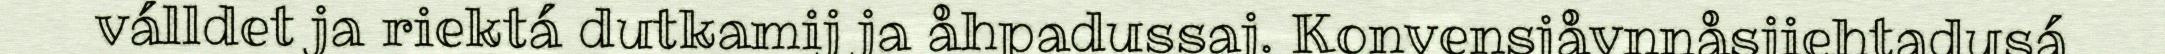
válldet ja riektá dutkamij ja åhpadussaj. Konvensjåvnnåsjiehtadusá